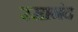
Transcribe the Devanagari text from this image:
रसानंद